Annual vaccination report of Bihar and Orissa - 1911-1928
Year: 1911
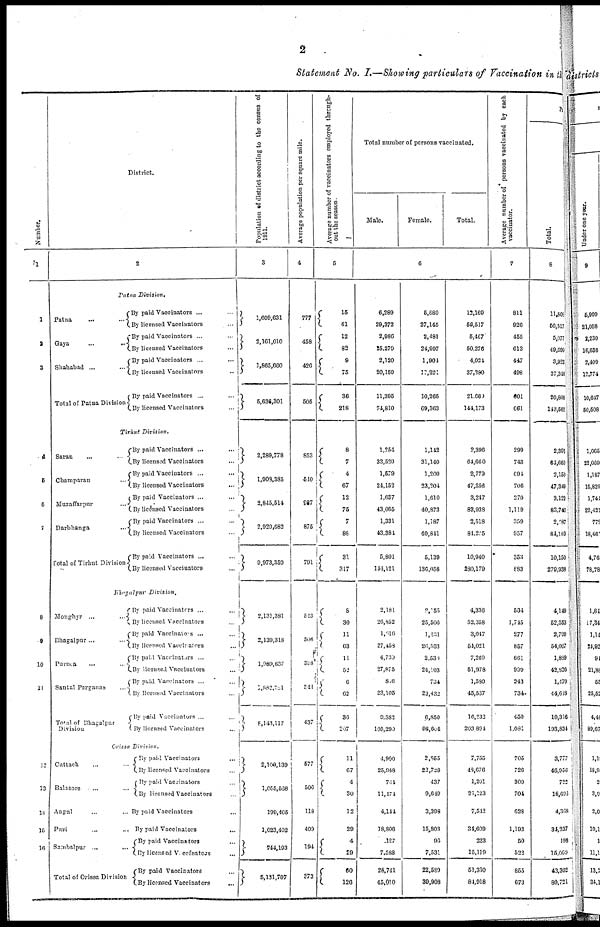
2
Statement No. I.—Showing particulars of Vaccination in the
Number.
1
1
2
3
4
6
6
7
8
9
10
11
12
13
11
15
16
District.
2
Patna
Division.
Patna
...
...
Gaya...
...
Shahabad... ...
Total of Patna Division
By paid Vaccinators... ...
By licensed Vaccinators... ...
By paid Vaccinators... ...
By licensed Vaccinators... ...
By paid Vaccinators... ...
By licensed Vaccinators... ...
By paid Vaccinators... ... ...
By licensed Vaccinators... ...
Tirhut
Division.
Saran
...
...
...
Champaran... ...
Muzaffarpur... ...
Darbhanga... ...
Total of Tirhut Division.
By paid Vaccinators... ...
By licensed Vaccinators... ...
By paid Vaccinators... ...
By licensed Vaccinators... ...
By paid Vaccinators... ...
By licensed Vaccinators... ...
By paid Vaccinators ... ...
By licensed Vaccinators... ...
By paid Vaccinators... ...
By licensed Vaccinators... ...
Bhagalpur
Division.
Monghyr...
...
Bhagalpur... ...
Purnea... ...
Santal Parganas... ...
Total of Bhagalpur
Division.
By paid Vaccinators... ...
By licensed Vaccinators... ...
By paid Vaccinators ... ...
By licensed Vaccinators... ...
By paid Vaccinators ... ...
By licensed Vaccinators... ...
By paid Vaccinators ...
By licensed Vaccinators... ...
By paid Vaccinators... ...
By licensed Vaccinators... ...
Orissa Division.
Cuttack... ...
Balasore... ...
Angul... ...
Puri... ...
Sambalpur...
...
Total of Orissa Division
By paid Vaccinators... ...
By licensed Vaccinators... ...
By paid Vaccinators... ...
By licensed Vaccinators... ...
By paid Vaccinators... ...
By paid
Vaccinators...
...
By paid Vaccinators... ...
By licensed Vaccinators... ...
By paid Vaccinators... ...
By licensed Vaccinators... ...
Population of district according to the census of
1911.
3
1,609,631
2,161,010
1,865,660
5,636,301
2,289,778
1,908,385
3,845,514
2,929,682
9,973,350
2,131,381
2,139,318
1,989,637
1,882,781
8,143,117
2,109,139
1,055,568
199,405
1,023,492
744,193
5,131,707
Average population per square mile.
4
777
458
426
505
853
510
937
875
791
523
506
398
344
437
577
506
118
409
194
373
Average number of vaccinators employed through-
out the season.
Total number of persons vaccinated.
Male.
Female.
Total.
5
15
61
12
82
9
75
36
218
8
7
4
67
12
75
7
88
31
317
8
30
11
63
11
52
6
62
36
207
11 67
4 30
12
29
4
29
60
126
6,289
29,372
2,986
25,279
2,120
20,150
11,395
74,810
1,264
33,520
1,579
24,152
1,687
43,065
1,331
43,384
5,801
144,121
2,181
20,852
1,616
27,458
4,739
27,875
8.6
23,105
9,382
105,290
4,900
25,948
764
11,174
4,144
18,806
127
7,588
28,741
45,010
5,880
27,145
2,481
24,997
1,904
17,231
10,265
69,363
1,142
31,140
1,200
23,204
1,610
40,873
1,187
40,841
5,139
136,058
2,055
25,506
1,481
26,563
2,539
24,103
734
23,432
6,850
98,604
2,855
22,728
437
9,649
3,398
15,803
96
7,531
22,589
39,908
12,169
56,517
5,467
50,276
4,021
37,380
21,660
144,173
2,396
64,660
2,779
47,356
3,247
83,038
2,518
84,225
10,940
280,179
4,336
52,358
3,047
54,021
7,269
51,978
1,580
45,537
16,232
203,894
7,755
48,676
1,201
21,123
7,542
34,609
223
15,119
51,330
84,918
Average number of persons vaccinated by each
vaccinator.
7
811
926
455
613
447
498
601
661
299
743
694
706
270
1,119
359
957
353
883
534
1,745
277
857
661
999
243
734
450
1,081
705
726
300
704
628
1,193
50
522
855
673
Total.
8
11,809
56,517
5,077
40,699
3,923
37,348
20,808
143,562
2,391
64,660
2,150
47,346
3,123
83,740
2,087
84,139
10,150
279,938
4,149
52,353
2,799
54,007
1,839
42,826
1,479
44,618
10,316
193,834
3,777
46,956
722
18,698
4,368
34,237
198
15,069
43,302
80,721